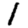
Digit: 1